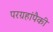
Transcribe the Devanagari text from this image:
परग्रहांपैकी